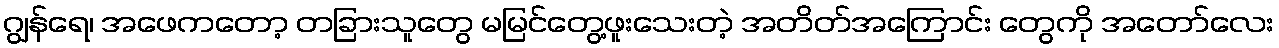
ဂျွန်ရေ၊ အဖေကတော့ တခြားသူတွေ မမြင်တွေ့ဖူးသေးတဲ့ အတိတ်အကြောင်း တွေကို အတော်လေး